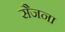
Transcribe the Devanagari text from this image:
सैजना